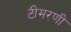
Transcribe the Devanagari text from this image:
टीमरणी